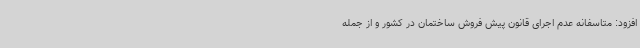
افزود: متاسفانه عدم اجرای قانون پیش فروش ساختمان در کشور و از جمله